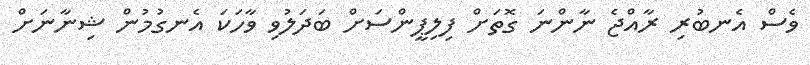
ވެސް އެނބުރި ރާއްޖެ ނާންނަ ގޮތަށް ފިލިޕީންސަށް ބަދަލުވި ވާހަކަ އެނގުމުން ޝިނާނަށް